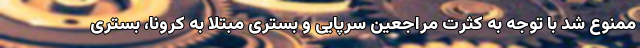
ممنوع شد با توجه به کثرت مراجعین سرپایی و بستری مبتلا به کرونا، بستری